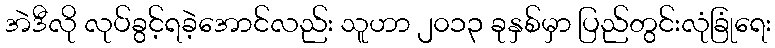
အဲဒီလို လုပ်ခွင့်ရခဲ့အောင်လည်း သူဟာ ၂၀၁၃ ခုနှစ်မှာ ပြည်တွင်းလုံခြုံရေး